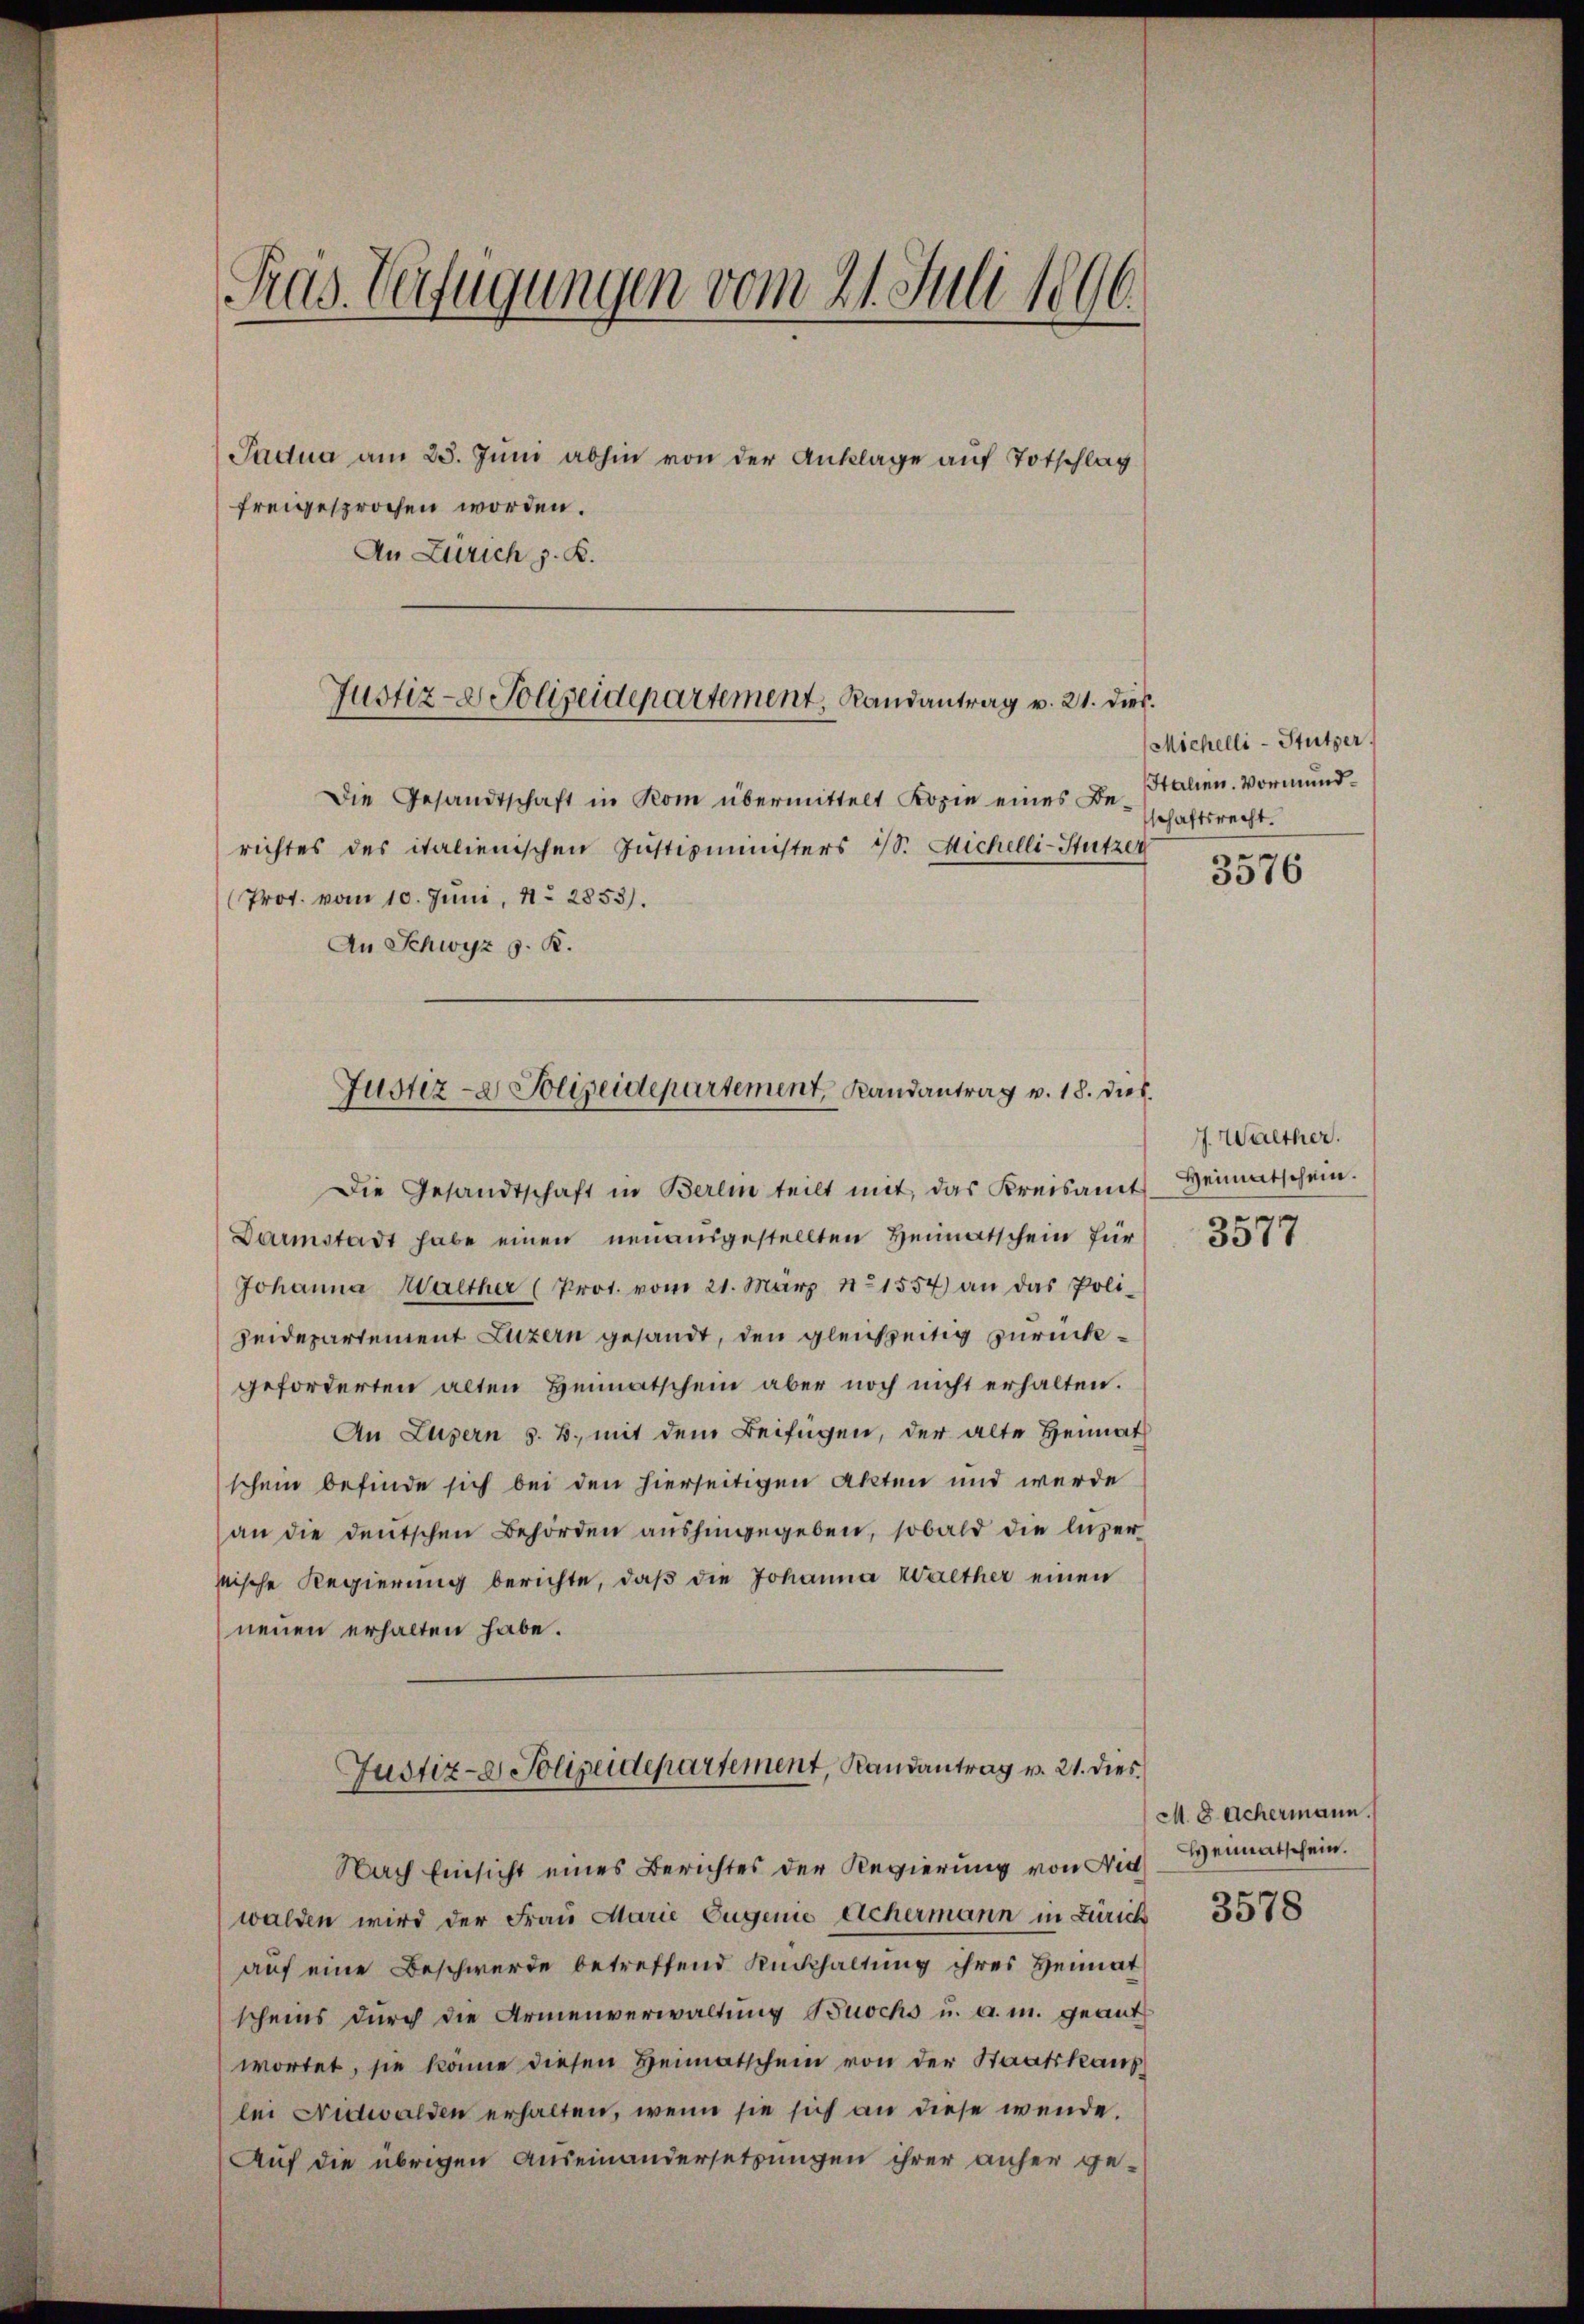
Pras. Verfügungen vom 21. Juli
1116.

Padua am 25. Juni abhin von der Anklage auf Totschlag

richtes des italienischen Justizministers SS. Michelli-Stutzer
(Prot. vom 10. Juni, 11. 2853).
An Schwyz z. B.
Die Gesandtschaft in Berein teilt mit, das Kreisamt
Darmstadt habe einen neuausgestellten Heimatschein für
Johanna Walther (Prot. vom 21. März 1557) an das Poli-
Heidepartement Luzern gesandt, den gleichzeitig zurückgeforderten alten Heimatschein aber noch nicht erhalten.
An Luzern s. B., mit dem Beifügen, der alte Heimat
schein befinde sich bei den hierseitigen Akten und werde
an die deutschen Behörden aushingegeben, sobald die luzer
sische Regierung berichte, daß die Johanna Walther einen
neuen erhalten habe.
Justiz- Polizeidepartement, Randantrag v. 21. dies¬
Nach Einsicht eines Berichtes der Regierung von Nid
walden wird der Frau Marie Eugenie Achermann in Zürich
auf eine Beschwerde betreffend Rückhaltung ihres Heimat
scheins durch die Armenverwaltung Buochs u. a. m. geantwortet, sie könne diesen Heimatschein von der Staatskanz
lei Nidwalden erhalten, wenn sie sich an diese wende.
Auf die übrigen Auseinandersetzungen ihrer anher ge¬

freigesprochen worden.
An Zürich z. K.

Justiz- & Polizeidepartement, Randantrag v. 21. dies
Die Gesandtschaft in Kom übermittelt Kopie eines Be-

Justiz- & Polizeidepartement, Handantrag v. 18. dies

Michelli-Stützer.
talien. Vormundschaftsrecht.

3576

J. Walther.
Heimatschein.
3577

M. 8 Achermann.
Weimatschein.

3578